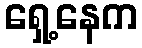
ရှေ့နေက